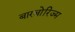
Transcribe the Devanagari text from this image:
बारबोरिज्म